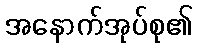
အနောက်အုပ်စု၏